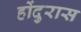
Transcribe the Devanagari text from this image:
होंदुरास